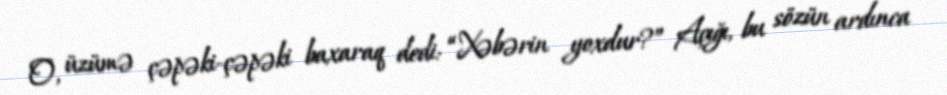
O, üzümə çəpəki-çəpəki baxaraq dedi: “Xəbərin yoxdur?” Açığı, bu sözün ardınca